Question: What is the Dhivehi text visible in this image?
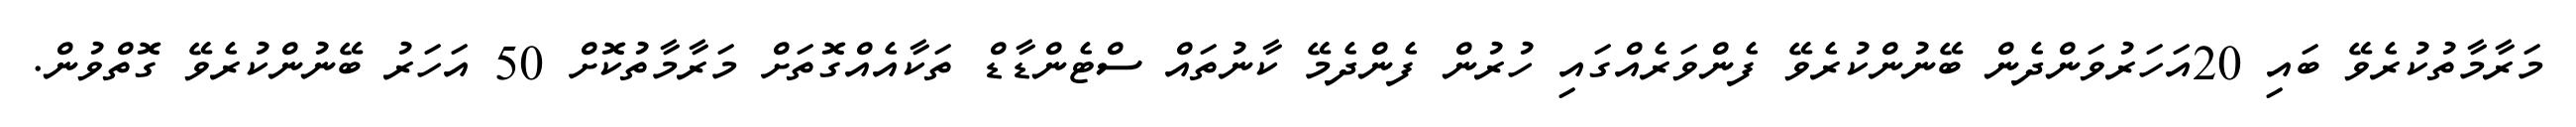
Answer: މަރާމާތުކުރެވޭ ބައި 20އަހަރުވަންދެން ބޭނުންކުރެވޭ ފެންވަރެއްގައި ހުރުން ފެންދެމޭ ކާނުތައް ސްޓެންޑާޑް ތަކާއެއްގޮތަށް މަރާމާތުކޮށް 50 އަހަރު ބޭނުންކުރެވޭ ގޮތްވުން.